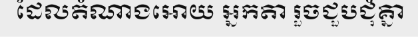
ដែលតំណាងអោយ អ្នកតា រួចជួបជុំគ្នា